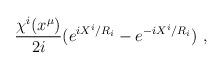
LaTeX: \begin{align*}\frac{\chi^i(x^\mu)}{2i}(e^{iX^i/R_i} - e^{-iX^i/R_i})\ ,\end{align*}